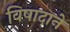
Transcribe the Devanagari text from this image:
विषादाने